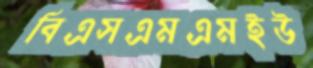
বিএসএমএমইউ